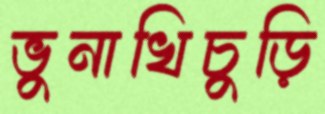
ভুনাখিচুড়ি